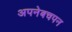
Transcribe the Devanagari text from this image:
अपनेबचपन